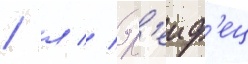
/ л // Х'еиф'ец